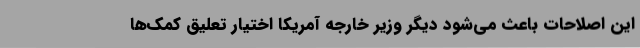
این اصلاحات باعث می‌شود دیگر وزیر خارجه آمریکا اختیار تعلیق کمک‌ها